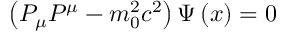
\left( P _ { \mu } P ^ { \mu } - m _ { 0 } ^ { 2 } c ^ { 2 } \right) \Psi \left( x \right) = 0